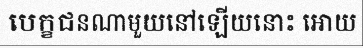
បេក្ខជនណាមួយនៅឡើយនោះ អោយ